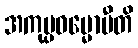
အကုပ္ပဓမ္မောပီတိ